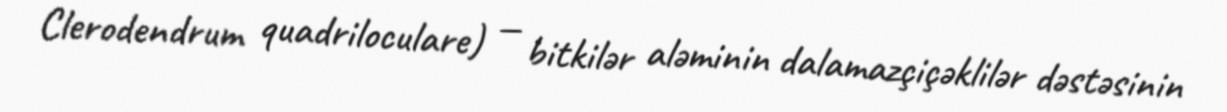
Clerodendrum quadriloculare) — bitkilər aləminin dalamazçiçəklilər dəstəsinin